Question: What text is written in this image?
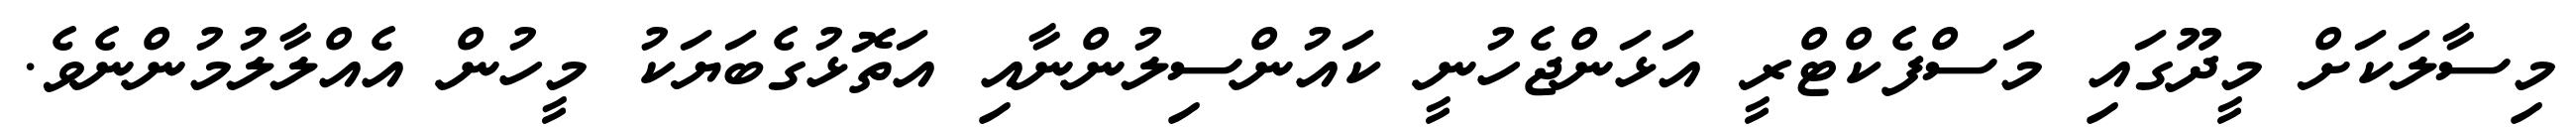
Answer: މިސާލަކަށް މީދޫގައި މަސްފެކްޓްރީ އަޅަންޖެހުނީ ކައުންސިލުންނާއި އަތޮޅުގެބަޔަކު މީހުން އެއްލާލުމުންނެވެ.